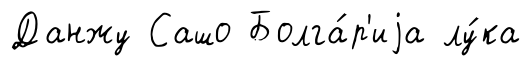
Данжу Сашо Болга́р'иjа лу́ка